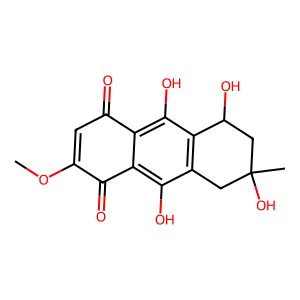
SMILES: COC1=CC(=O)c2c(O)c3c(c(O)c2C1=O)CC(C)(O)CC3O
Inhibits HIV replication: No